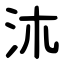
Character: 㳈